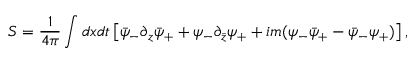
S = { \frac { 1 } { 4 \pi } } \int d x d t \left[ \bar { \psi } _ { - } \partial _ { z } \bar { \psi } _ { + } + \psi _ { - } \partial _ { \bar { z } } \psi _ { + } + i m ( \psi _ { - } \bar { \psi } _ { + } - \bar { \psi } _ { - } \psi _ { + } ) \right] ,